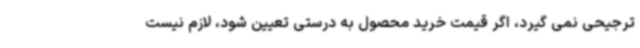
ترجیحی نمی گیرد، اگر قیمت خرید محصول به درستی تعیین شود، لازم نیست